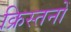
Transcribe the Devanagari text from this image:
क्रिस्तनों